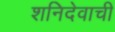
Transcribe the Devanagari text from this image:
शनिदेवाची